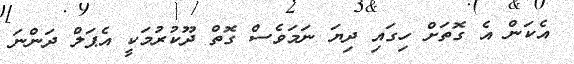
އެކަން އެ ގޮތަށް ހިގައި ދިޔަ ނަމަވެސް ގޮތް ދޫކުރުމަކީ އެޕަލް ދަންނަ